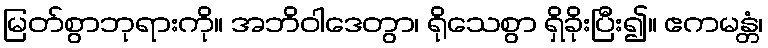
မြတ်စွာဘုရားကို။ အဘိဝါဒေတွာ၊ ရိုသေစွာ ရှိခိုးပြီး၍။ ဧကမန္တံ၊